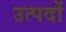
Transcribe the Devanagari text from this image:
उत्पदों